Vaccination in Bombay 1869-1873 - 1869-1873
Year: 1869
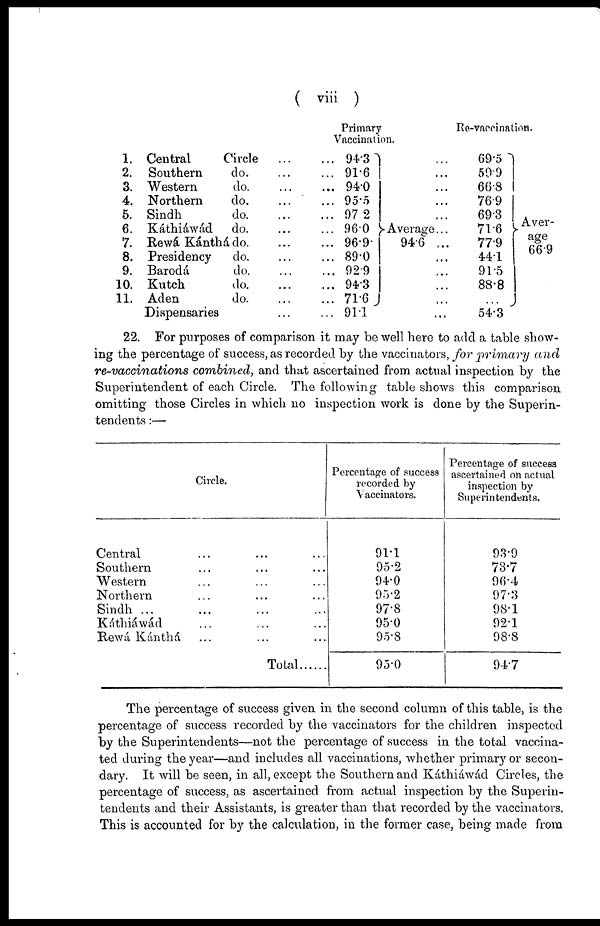
( viii )
1.
2.
3.
4.
5.
6.
7.
8.
9.
10.
11.
Central Circle... ...
Southern
do. ... ...
Western
do. ... ...
Northern
do. ... ...
Sindh
do. ... ...
Káthiáwád
do
Rewá Kánthá do. ... ...
Presidency
do. ... ...
Barodá
do. ... ...
Kutch
do. ... ...
Aden
do. ... ...
Dispensaries ... ...
Primary
Vaccination.
94.3
91.6
94.0
95.5
97.2
96.0
96.9
89.0
92.9
94.3
71.6
91.1
Average
94.6
...
...
...
...
...
...
...
...
...
...
...
...
Re-vaccination.
69.5
59.9
66.8
76.9
69.3
71.6
77.9
44.1
91.5
88.8
...
54.3
Aver-
age
66.9
22. For purposes of comparison it may be well here to add a table show-
ing the percentage of success, as recorded by the vaccinators, for primary and
re-vaccinations combined, and that ascertained from actual inspection by the
Superintendent of each Circle. The following table shows this comparison
omitting those Circles in which no inspection work is done by the Superin-
tendents :—
Circle.
Central ... ... ...
Southern... ... ...
Western... ... ...
Northern... ... ...
Sindh ... ... ...
Káthiáwád... ... ...
Rewá Kánthá... ... ...
Total ... ...
Percentage of success
recorded by
Vaccinators.
91.1
95.2
94.0
95.2
97.8
95.0
95.8
95.0
Percentage of success
ascertained on actual
inspection by
Superintendents.
93.9
73.7
96.4
97.3
98.1
92.1
98.8
94.7
The percentage of success given in the second column of this table, is the
percentage of success recorded by the vaccinators for the children inspected
by the Superintendents—not the percentage of success in the total vaccina-
ted during the year—and includes all vaccinations, whether primary or secon-
dary. It will be seen, in all, except the Southern and Káthiáwád Circles, the
percentage of success, as ascertained from actual inspection by the Superin-
tendents and their Assistants, is greater than that recorded by the vaccinators.
This is accounted for by the calculation, in the former case, being made from